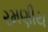
રમણીય